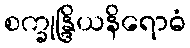
စက္ခုန္ဒြိယနိရောဓံ